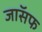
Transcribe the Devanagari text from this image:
जाॅसफ